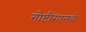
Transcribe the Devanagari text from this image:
गोष्टींमागचे